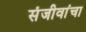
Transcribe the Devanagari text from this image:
संजीवांचा